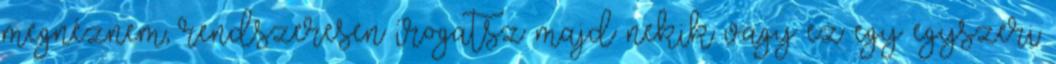
megnéznem, rendszeresen írogatsz majd nekik vagy ez egy egyszeri